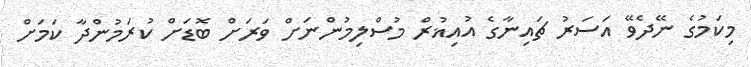
މިކަމުގެ ނޭދެވޭ އަސަރު ޗައިނާގެ އުއިޣުރް މުސްލިމުންނަށް ވަރަށް ބޮޑަށް ކުރަމުންދާ ކަމަށް